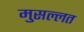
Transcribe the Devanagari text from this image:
मुसल्लत